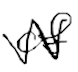
Text: of
Cross-out: zig-zag
Writing tool: digital_black